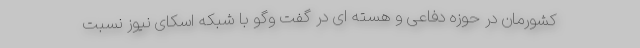
کشورمان در حوزه دفاعی و هسته ای در گفت وگو با شبکه اسکای نیوز نسبت